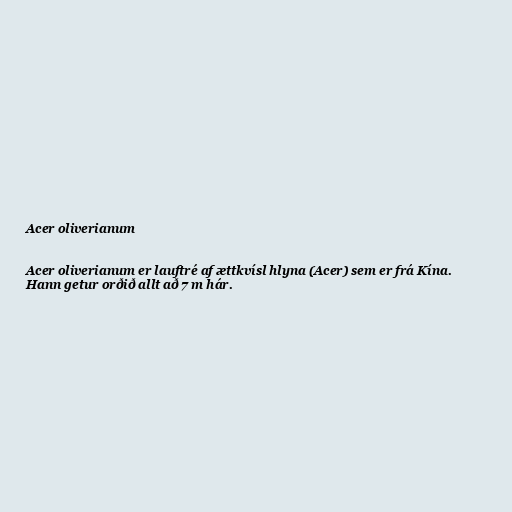
Acer oliverianum

Acer oliverianum er lauftré af ættkvísl hlyna (Acer) sem er frá Kína.
Hann getur orðið allt að 7 m hár.